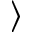
\rangle